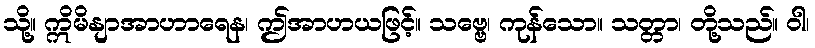
သို့။ ဣိမိနျာအာဟာရေန၊ ဤအာဟယဖြင့်။ သဗ္ဗေ၊ ကုန်သော။ သတ္တာ၊ တို့သည်။ ဝါ၊